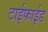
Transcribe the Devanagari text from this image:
टाईफाईड